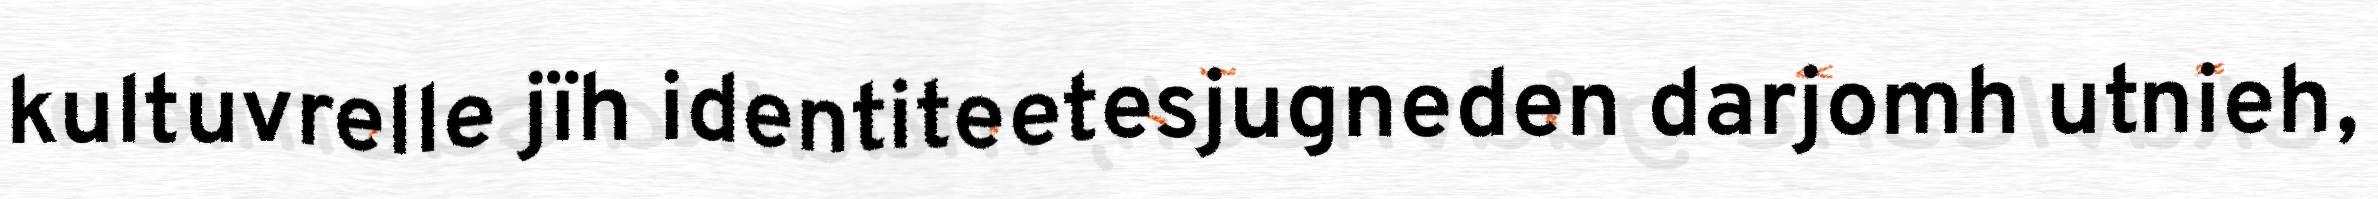
kultuvrelle jïh identiteetesjugneden darjomh utnieh,